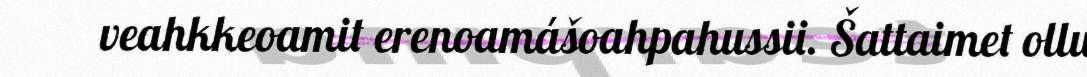
veahkkeoamit erenoamášoahpahussii. Šattaimet ollu